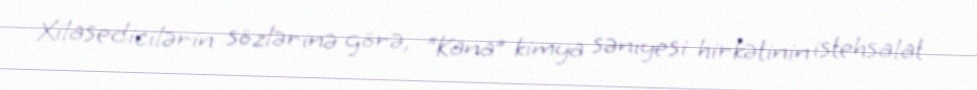
Xilasedicilərin sözlərinə görə, “Kana” kimya sənıyesi hirkətinin istehsalat